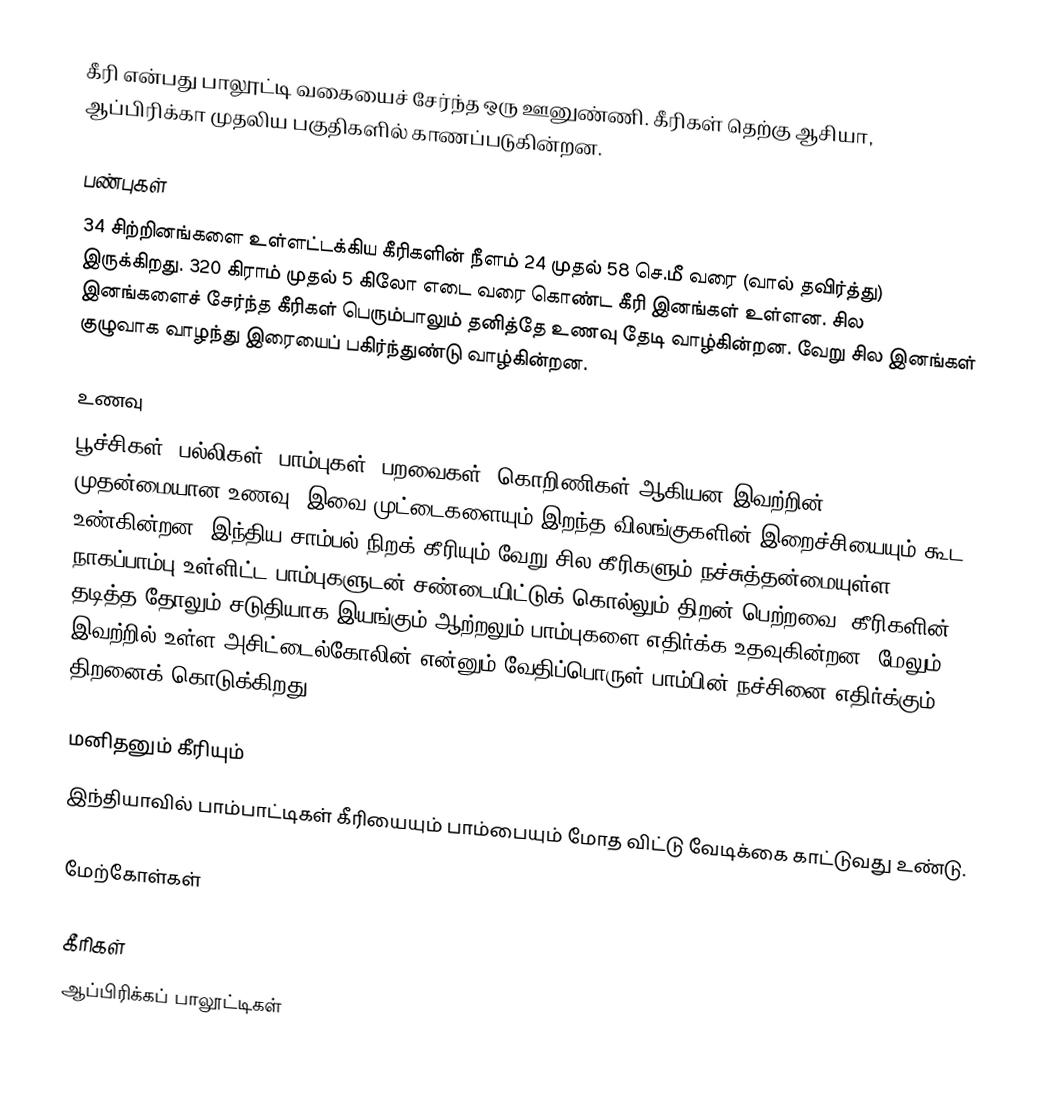
கீரி என்பது பாலூட்டி வகையைச் சேர்ந்த ஒரு ஊனுண்ணி. கீரிகள் தெற்கு ஆசியா, ஆப்பிரிக்கா முதலிய பகுதிகளில் காணப்படுகின்றன.

பண்புகள்
34 சிற்றினங்களை உள்ளட்டக்கிய கீரிகளின் நீளம் 24 முதல் 58 செ.மீ வரை (வால் தவிர்த்து) இருக்கிறது. 320 கிராம் முதல் 5 கிலோ எடை வரை கொண்ட கீரி இனங்கள் உள்ளன. சில இனங்களைச் சேர்ந்த கீரிகள் பெரும்பாலும் தனித்தே உணவு தேடி வாழ்கின்றன. வேறு சில இனங்கள் குழுவாக வாழந்து இரையைப் பகிர்ந்துண்டு வாழ்கின்றன.

உணவு
பூச்சிகள், பல்லிகள், பாம்புகள், பறவைகள், கொறிணிகள் ஆகியன இவற்றின் முதன்மையான உணவு. இவை முட்டைகளையும் இறந்த விலங்குகளின் இறைச்சியையும் கூட உண்கின்றன. இந்திய சாம்பல் நிறக் கீரியும் வேறு சில கீரிகளும் நச்சுத்தன்மையுள்ள நாகப்பாம்பு உள்ளிட்ட பாம்புகளுடன் சண்டையிட்டுக் கொல்லும் திறன் பெற்றவை. கீரிகளின் தடித்த தோலும் சடுதியாக இயங்கும் ஆற்றலும் பாம்புகளை எதிர்க்க உதவுகின்றன. மேலும் இவற்றில் உள்ள அசிட்டைல்கோலின் என்னும் வேதிப்பொருள் பாம்பின் நச்சினை எதிர்க்கும் திறனைக் கொடுக்கிறது.

மனிதனும் கீரியும்
இந்தியாவில் பாம்பாட்டிகள் கீரியையும் பாம்பையும் மோத விட்டு வேடிக்கை காட்டுவது உண்டு.

மேற்கோள்கள்

கீரிகள்
ஆப்பிரிக்கப் பாலூட்டிகள்